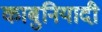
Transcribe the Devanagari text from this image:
काबुनियादी